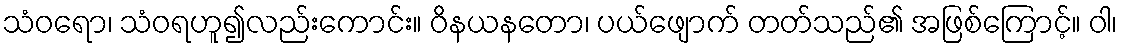
သံဝရော၊ သံဝရဟူ၍လည်းကောင်း။ ဝိနယနတော၊ ပယ်ဖျောက် တတ်သည်၏ အဖြစ်ကြောင့်။ ဝါ၊